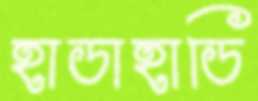
হাডাহাডি